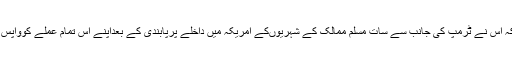
ٹیکنالوجی کمپنی گوگل کاکہناہے کہ اس نے ٹرمپ کی جانب سے سات مسلم ممالک کے شہریوںکے امریکہ میں داخلے پرپابندی کے بعداپنے اس تمام عملے کوواپس بلالیا ہے جوبیرون ملک سفرپرہیں۔